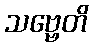
သဗ္ဗေတိ